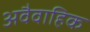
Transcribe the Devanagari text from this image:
अवैवाहिक